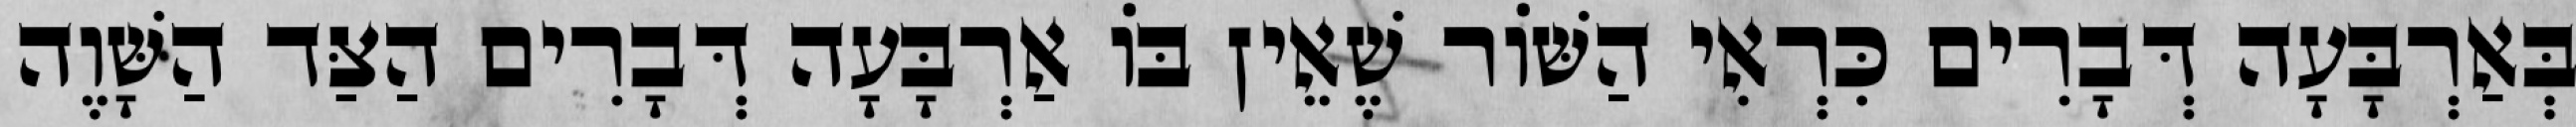
בְּאַרְבָּעָה דְּבָרִים כִּרְאִי הַשּׁוֹר שֶׁאֵין בּוֹ אַרְבָּעָה דְּבָרִים הַצַּד הַשָּׁוֶה